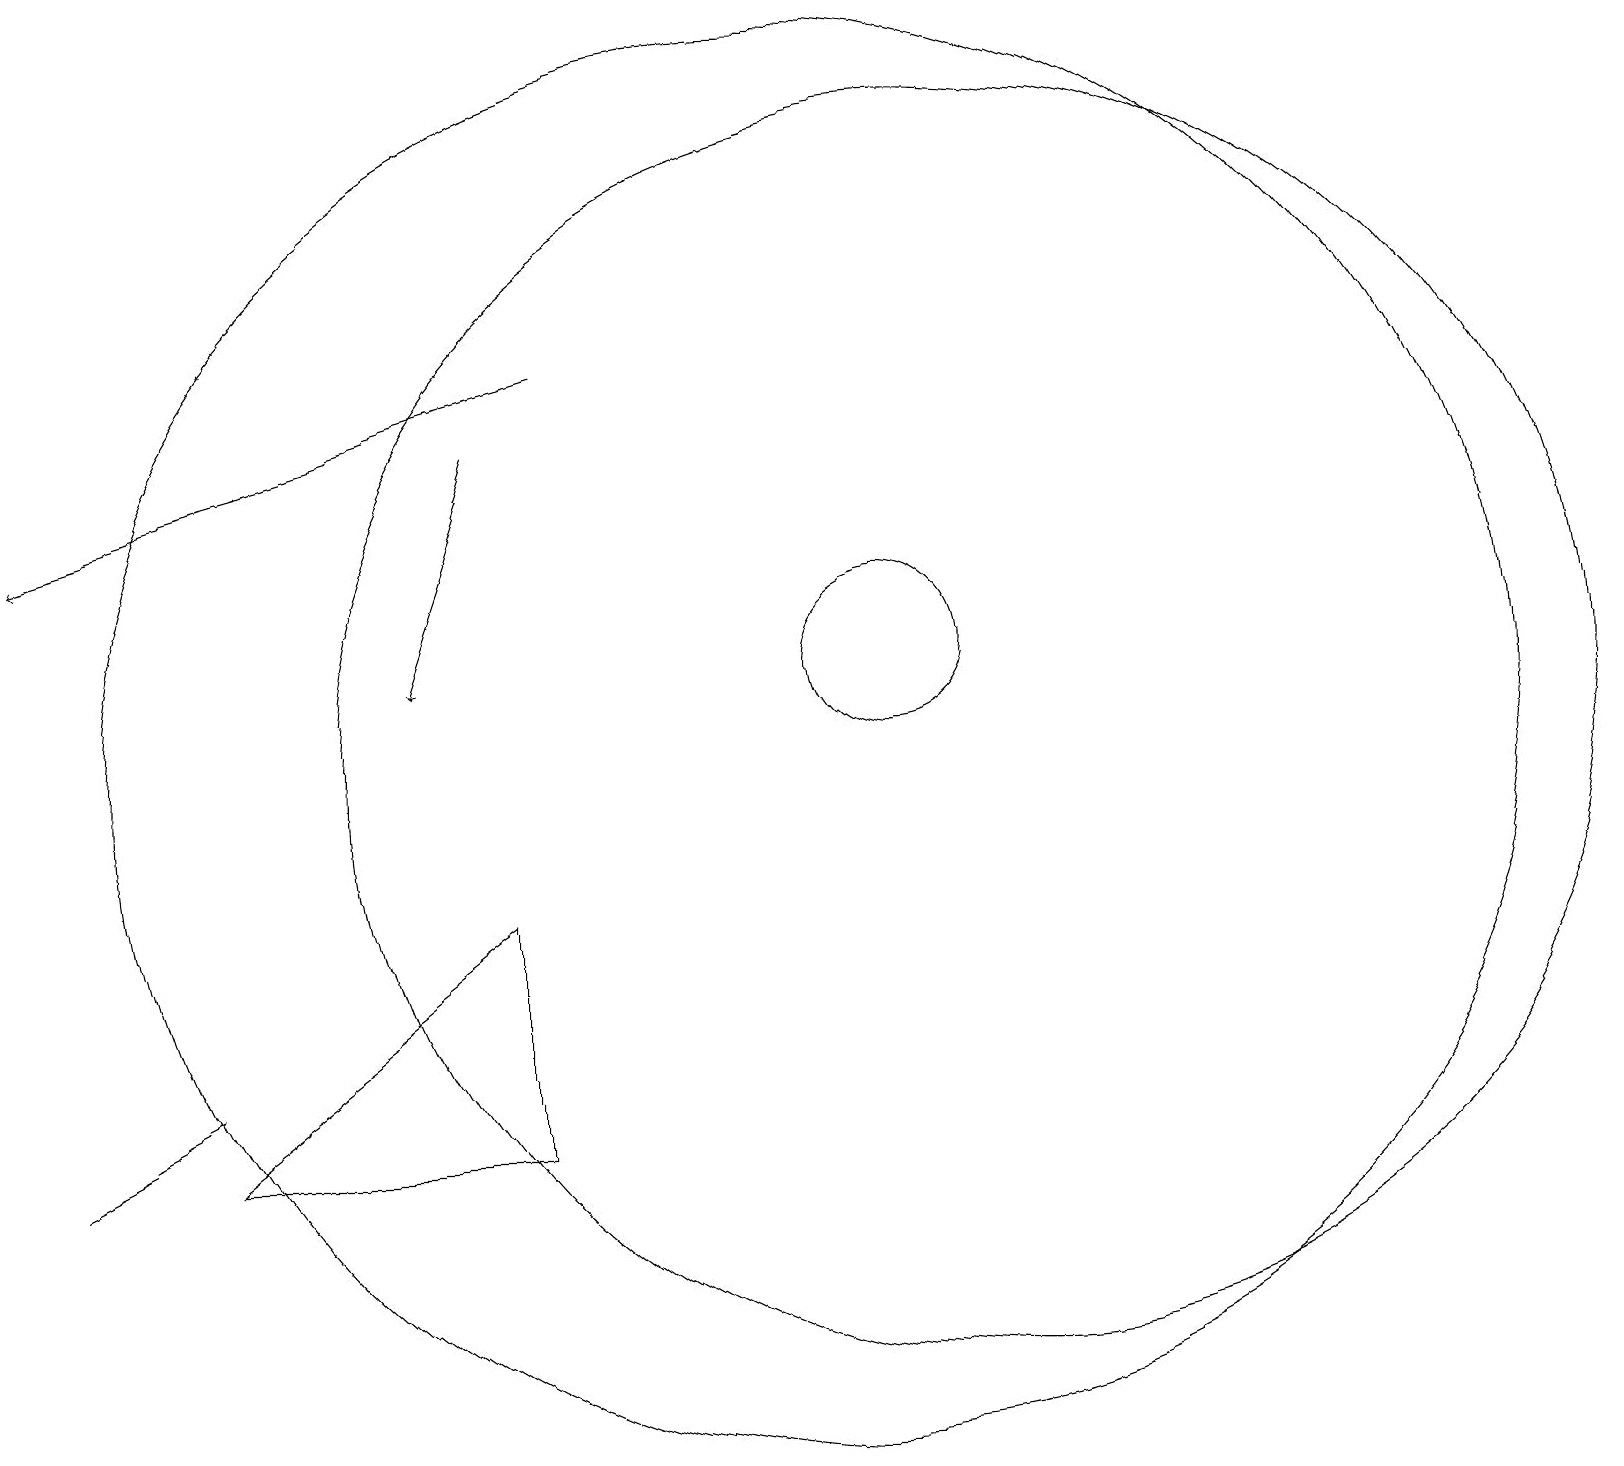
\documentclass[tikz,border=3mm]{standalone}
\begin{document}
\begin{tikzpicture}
\draw (10,11) circle (9);
\draw (11,12) circle (1);
\draw[->] (6,15) -- (5,12);
\draw (0,6) -- (2,7) -- (2,7) -- cycle;
\draw (12,11) circle (8);
\draw[->] (7,16) -- (0,14);
\draw (6,6) -- (2,6) -- (6,9) -- cycle;
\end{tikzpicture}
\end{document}